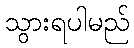
သွားရပါမည်